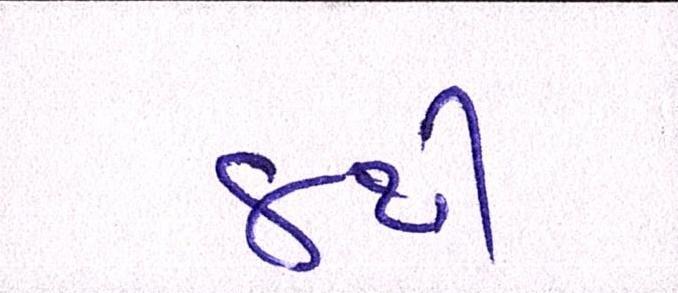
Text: ૪થી